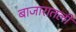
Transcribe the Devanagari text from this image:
बाजारातली